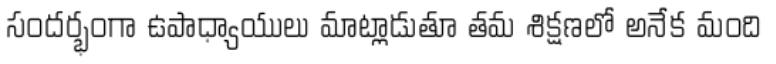
సందర్భంగా ఉపాధ్యాయులు మాట్లాడుతూ తమ శిక్షణలో అనేక మంది